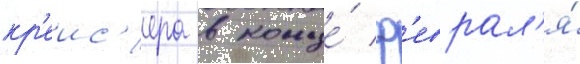
кр'еис'ера в конце́ ф'еврал'я́